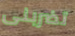
تضربنى